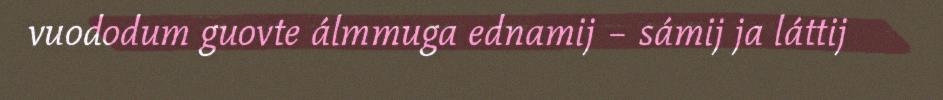
vuododum guovte álmmuga ednamij – sámij ja láttij